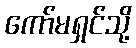
ကော်မရှင်သို့